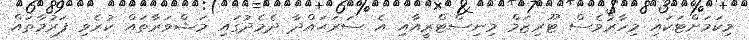
މިކަމަށްޓަކައި މިހާރުވެސް ޓޫރިޒަމް މިނިސްޓްރީއާއި އެ ސަރަޙައްދާ ދެމެދުގައި މަޝްވަރާތައް ކުރެވި ފަރުމާތައް